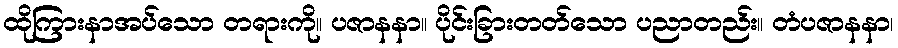
ထိုကြားနာအပ်သော တရားကို။ ပဇာနနာ။ ပိုင်းခြားတတ်သော ပညာတည်း။ တံပဇာနနာ၊